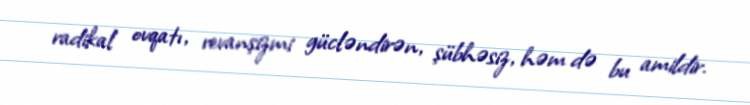
radikal ovqatı, revanşizmi gücləndirən, şübhəsiz, həm də bu amildir.